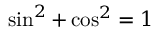
\sin ^ { 2 } + \cos ^ { 2 } = 1